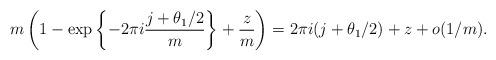
LaTeX: \begin{align*}m \left( 1 - \exp \left\{ - 2 \pi i \frac{ j + \theta_1/2}{m} \right\} + \frac{ z}{m} \right) = 2 \pi i (j + \theta_1/2) + z + o(1/m). \end{align*}